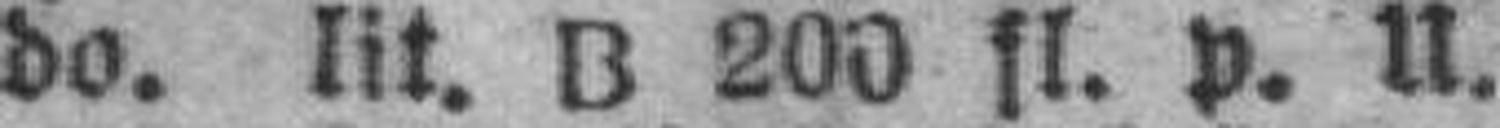
do. lit. B 200 fl. p. U.